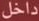
داخل